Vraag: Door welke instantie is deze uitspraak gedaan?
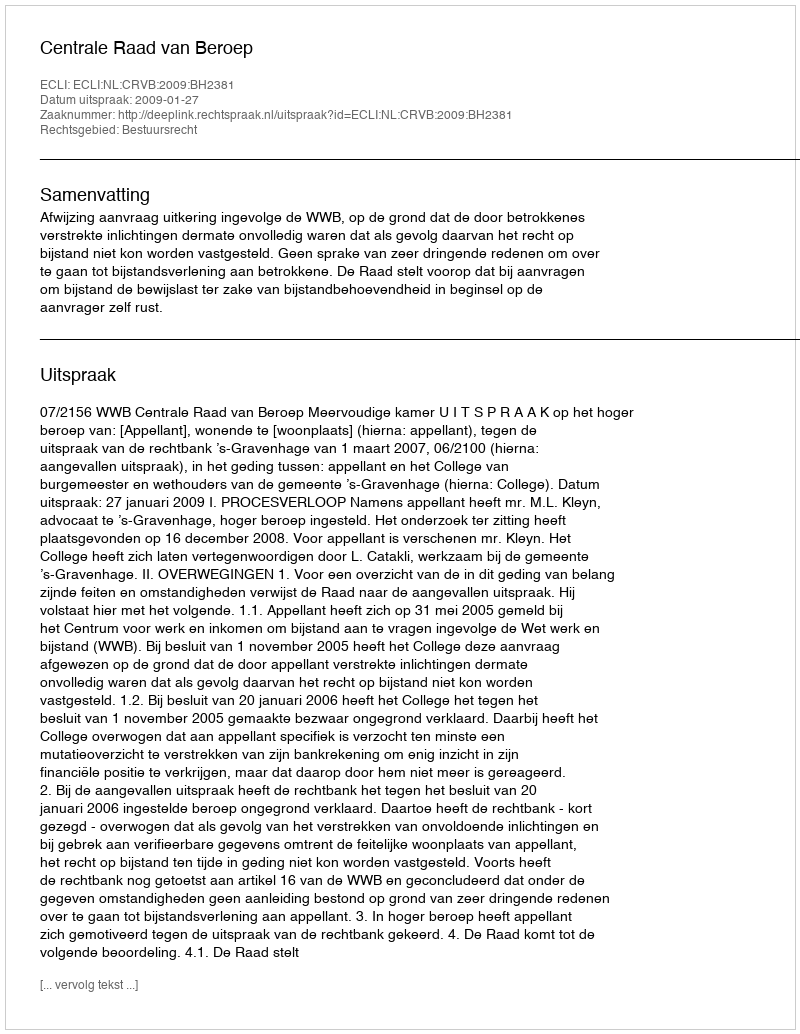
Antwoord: Centrale Raad van Beroep